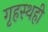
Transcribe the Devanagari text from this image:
गृहस्थही